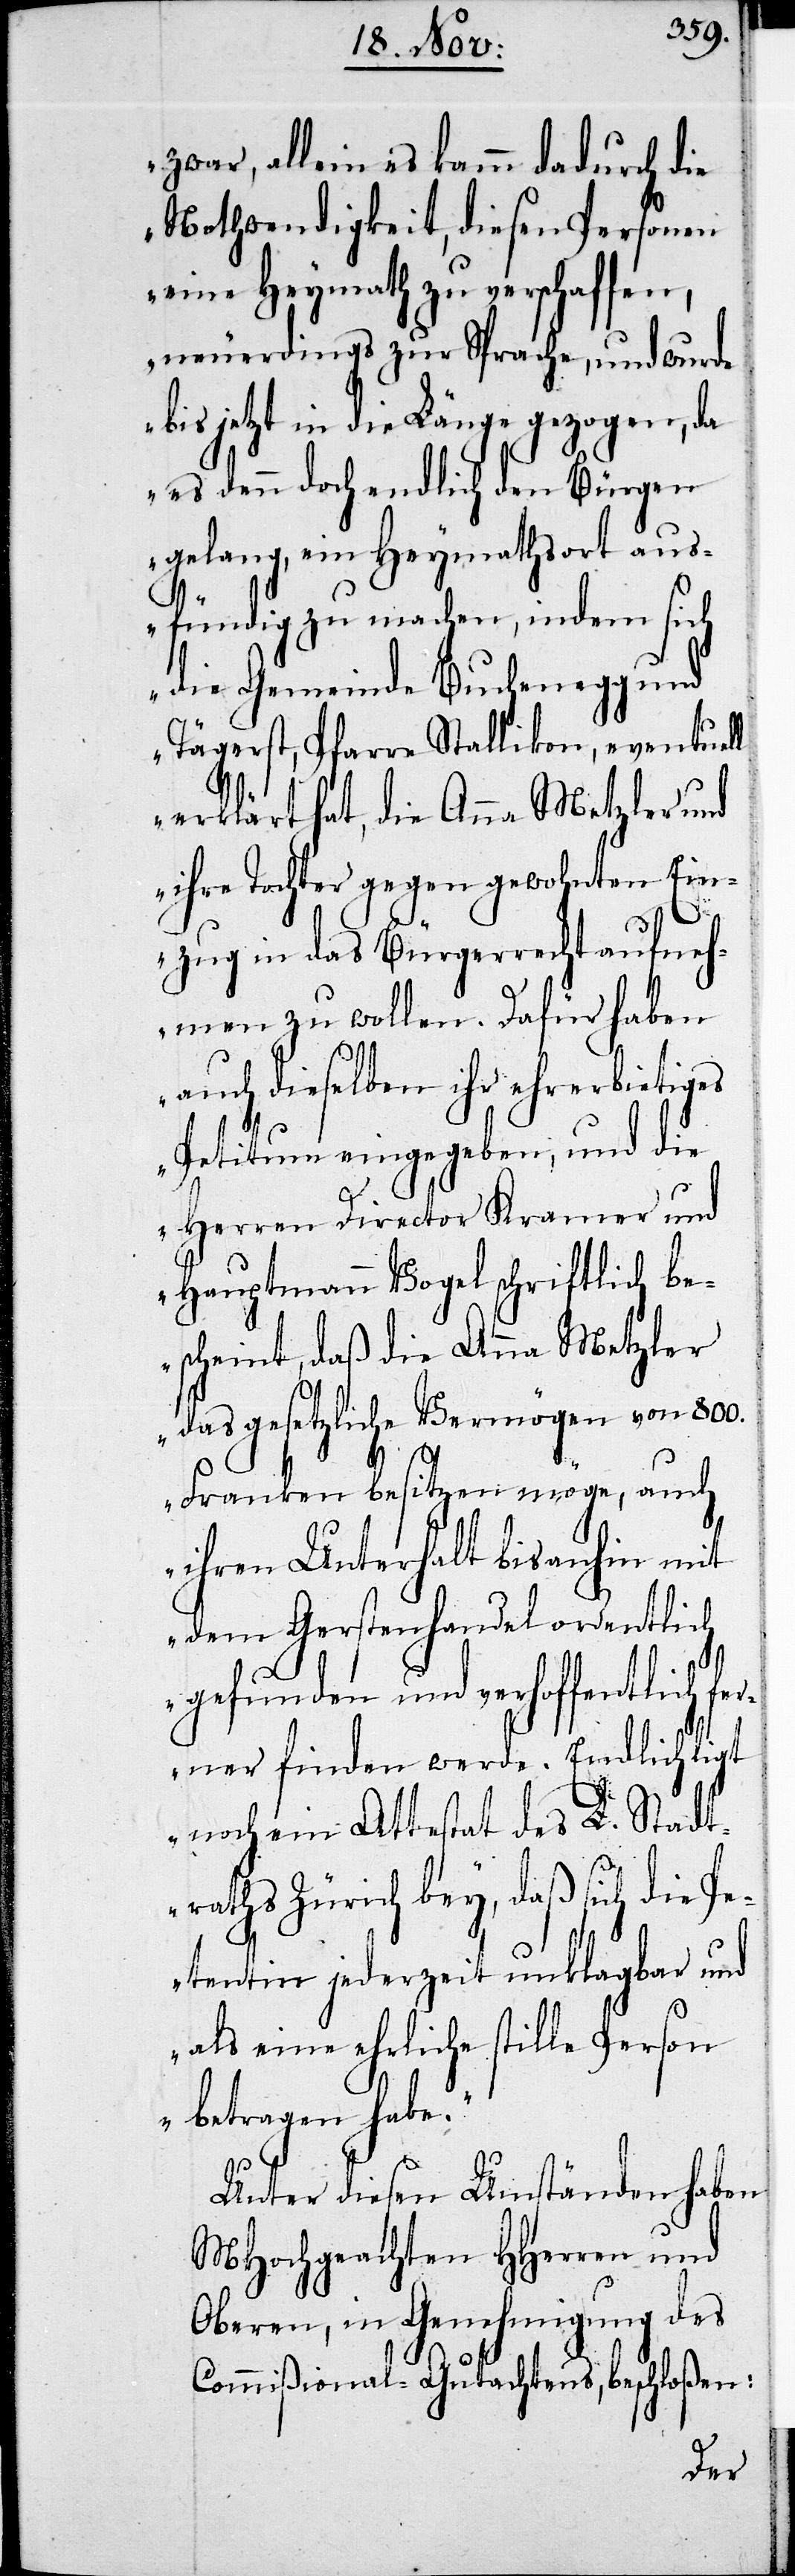
zwar, allein es kamm dadurch die
Nothwendigkeit, diesen Personen
eine Heymath zu verschaffen,
neuerdings zur Sprache, und wurde
bis jetzt in die Länge gezogen, da
es denn doch endlich den Bürgen
gelang, ein Heymathsort aus¬
fündig zu machen, indem sich
die Gemeinde Buchenegg und
Tägerst, Pfarre Stallikon, eventuell
erklärt hat, die Anna Metzler und
ihre Tochter gegen gewohnten Ein¬
zug in das Bürgerrecht aufneh¬
men zu wollen. Dafür haben
auch dieselben ihr ehrerbietiges
Petitum eingegeben, und die
Herren Director Kramer und
Hauptmann Vogel schriftlich be¬
scheint, daß die Anna Metzler
das gesetzliche Vermögen von 800.
Franken besitzen möge, auch
ihren Unterhalt bis anhin mit
dem Gerstenhandel ordentlich
gefunden und verhoffentlich
ferner finden werde. Endlich ligt
noch ein Attestat des L. Stadt¬
raths Zürich bey, daß sich die P¬
etentin jederzeit unklagbar und
als eine ehrliche stille Person
betragen habe.“
Unter diesen Umständen haben
MHochgeachten HHerren und
Oberen, in Genehmigung des
Commißional-Gutachtens, beschloßen: